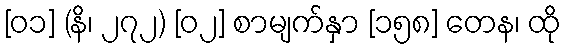
[၀၁] (နိ၊ ၂၇၂) [၀၂] စာမျက်နှာ [၁၅၈] တေန၊ ထို